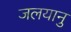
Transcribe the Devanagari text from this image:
जलयानु